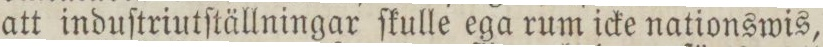
att induſtriutſtällningar ſkulle ega rum icke nationswis,